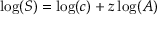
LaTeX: \log ( S ) = \log ( c ) + z \log ( A )